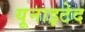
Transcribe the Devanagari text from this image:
यूनाइटेद